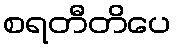
စရတီတိပေ